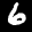
Label: 6